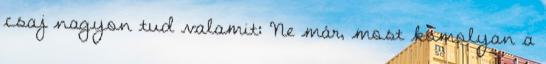
csaj nagyon tud valamit: Ne már, most komolyan a